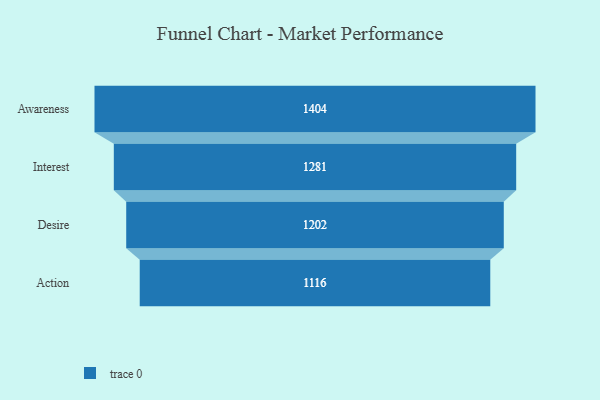
{"axis": {"x": "Stage", "y": "Value"}, "legend": [""], "data": [{"x": "Awareness", "y": 1404.0, "type": ""}, {"x": "Interest", "y": 1281.0, "type": ""}, {"x": "Desire", "y": 1202.0, "type": ""}, {"x": "Action", "y": 1116.0, "type": ""}]}